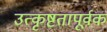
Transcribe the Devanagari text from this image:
उत्कृष्टतापूर्वक